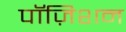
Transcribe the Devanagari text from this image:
पॉज़िशन